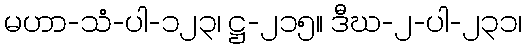
မဟာ-သံ-ပါ-၁၂၃၊ ဋ္ဌ-၂၁၅။ ဒီဃ-၂-ပါ-၂၃၁၊